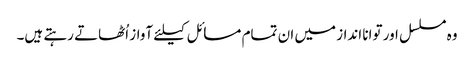
وہ مسلسل اور توانا انداز میں ان تمام مسائل کیلئے آواز اُٹھاتے رہتے ہیں۔